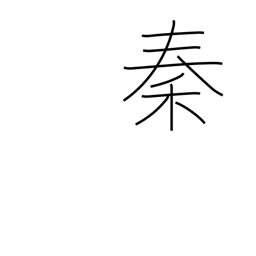
Meaning: name given to naturalized foreigners